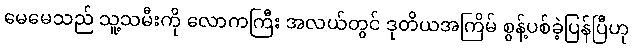
မေမေသည် သူ့သမီးကို လောကကြီး အလယ်တွင် ဒုတိယအကြိမ် စွန့်ပစ်ခဲ့ပြန်ပြီဟု